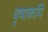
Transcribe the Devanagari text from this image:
वृषाकपि